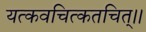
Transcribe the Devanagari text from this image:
यत्कवचित्कतचित्।।